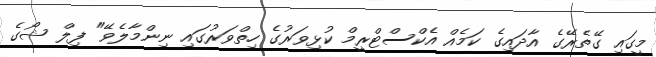
މީގައި ގޭތެރޭގެ އާދައިގެ ކަމެއް އެކްސްޓްރީމް ކުޅިވަރުގެ ހިތްވަރުގައި ނިންމާލެވޭ" ފިލް ޝޯގެ